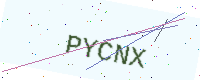
Text: PYCNX